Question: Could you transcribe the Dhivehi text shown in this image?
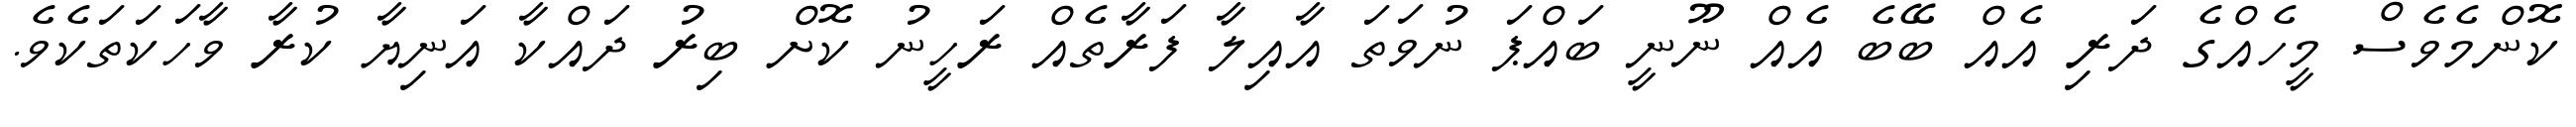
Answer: ކޮންމެވެސް މީހެއްގެ ދަރި އެއް ބޭބެ އެއް ނޫނީ ބައްޕަ ނުވަތަ އާއިލާ ފަރާތެއް ރަހީނު ކޮށް ބިރު ދައްކާ އަނިޔާ ކުރާ ވާހަކަތަކެވެ.